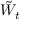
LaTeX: { \tilde { W } } _ { t }